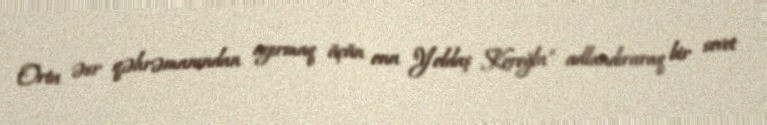
Orta əsr qəhrəmanından ayırmaq üçün onu "Yoldaş Koroğlu" adlandıraraq bir sovet